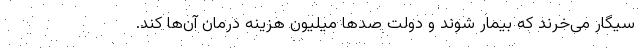
سیگار می‌خرند که بیمار شوند و دولت صدها میلیون هزینه درمان آن‌ها ‌کند.